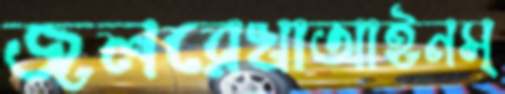
জলরেখাআইনস্